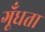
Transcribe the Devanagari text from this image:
गूँधता